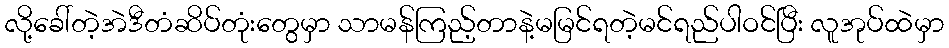
လို့ခေါ်တဲ့အဲဒီတံဆိပ်တုံးတွေမှာ သာမန်ကြည့်တာနဲ့မမြင်ရတဲ့မင်ရည်ပါဝင်ပြီး လူအုပ်ထဲမှာ